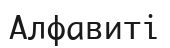
Алфавиті